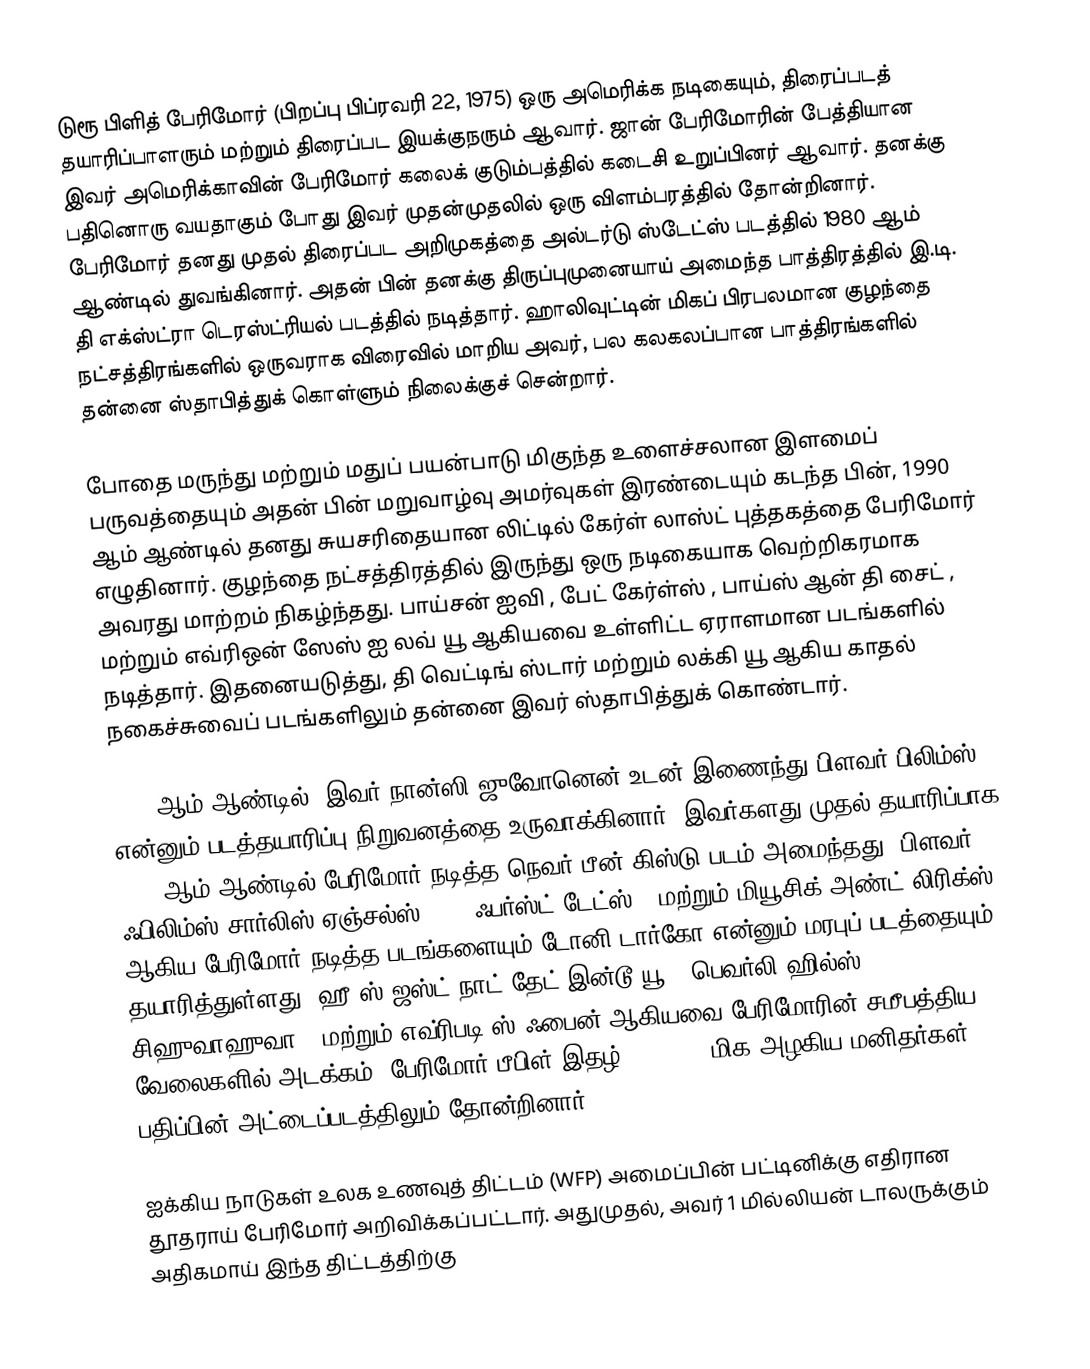
டுரூ பிளித் பேரிமோர் (பிறப்பு பிப்ரவரி 22, 1975) ஒரு அமெரிக்க நடிகையும், திரைப்படத் தயாரிப்பாளரும் மற்றும் திரைப்பட இயக்குநரும் ஆவார். ஜான் பேரிமோரின் பேத்தியான இவர் அமெரிக்காவின் பேரிமோர் கலைக் குடும்பத்தில் கடைசி உறுப்பினர் ஆவார். தனக்கு பதினொரு வயதாகும் போது இவர் முதன்முதலில் ஒரு விளம்பரத்தில் தோன்றினார். பேரிமோர் தனது முதல் திரைப்பட அறிமுகத்தை அல்டர்டு ஸ்டேட்ஸ் படத்தில் 1980 ஆம் ஆண்டில் துவங்கினார். அதன் பின் தனக்கு திருப்புமுனையாய் அமைந்த பாத்திரத்தில் இ.டி. தி எக்ஸ்ட்ரா டெரஸ்ட்ரியல் படத்தில் நடித்தார். ஹாலிவுட்டின் மிகப் பிரபலமான குழந்தை நட்சத்திரங்களில் ஒருவராக விரைவில் மாறிய அவர், பல கலகலப்பான பாத்திரங்களில் தன்னை ஸ்தாபித்துக் கொள்ளும் நிலைக்குச் சென்றார்.

போதை மருந்து மற்றும் மதுப் பயன்பாடு மிகுந்த உளைச்சலான இளமைப் பருவத்தையும் அதன் பின் மறுவாழ்வு அமர்வுகள் இரண்டையும் கடந்த பின், 1990 ஆம் ஆண்டில் தனது சுயசரிதையான லிட்டில் கேர்ள் லாஸ்ட் புத்தகத்தை பேரிமோர் எழுதினார். குழந்தை நட்சத்திரத்தில் இருந்து ஒரு நடிகையாக வெற்றிகரமாக அவரது மாற்றம் நிகழ்ந்தது. பாய்சன் ஐவி , பேட் கேர்ள்ஸ் , பாய்ஸ் ஆன் தி சைட் , மற்றும் எவ்ரிஒன் ஸேஸ் ஐ லவ் யூ ஆகியவை உள்ளிட்ட ஏராளமான படங்களில் நடித்தார். இதனையடுத்து, தி வெட்டிங் ஸ்டார் மற்றும் லக்கி யூ ஆகிய காதல் நகைச்சுவைப் படங்களிலும் தன்னை இவர் ஸ்தாபித்துக் கொண்டார்.

1990 ஆம் ஆண்டில், இவர் நான்ஸி ஜுவோனென் உடன் இணைந்து பிளவர் பிலிம்ஸ் என்னும் படத்தயாரிப்பு நிறுவனத்தை உருவாக்கினார். இவர்களது முதல் தயாரிப்பாக 1999 ஆம் ஆண்டில் பேரிமோர் நடித்த நெவர் பீன் கிஸ்டு படம் அமைந்தது. பிளவர் ஃபிலிம்ஸ் சார்லிஸ் ஏஞ்சல்ஸ் , 50 ஃபர்ஸ்ட் டேட்ஸ் , மற்றும் மியூசிக் அண்ட் லிரிக்ஸ் ஆகிய பேரிமோர் நடித்த படங்களையும் டோனி டார்கோ என்னும் மரபுப் படத்தையும் தயாரித்துள்ளது. ஹீ’ஸ் ஜஸ்ட் நாட் தேட் இன்டூ யூ , பெவர்லி ஹில்ஸ் சிஹுவாஹுவா , மற்றும் எவ்ரிபடி’ஸ் ஃபைன் ஆகியவை பேரிமோரின் சமீபத்திய வேலைகளில் அடக்கம். பேரிமோர் பீபிள் இதழ் 2007 100 மிக அழகிய மனிதர்கள் பதிப்பின் அட்டைப்படத்திலும் தோன்றினார்.

ஐக்கிய நாடுகள் உலக உணவுத் திட்டம் (WFP) அமைப்பின் பட்டினிக்கு எதிரான தூதராய் பேரிமோர் அறிவிக்கப்பட்டார். அதுமுதல், அவர் 1 மில்லியன் டாலருக்கும் அதிகமாய் இந்த திட்டத்திற்கு